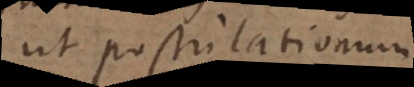
ut postulationum